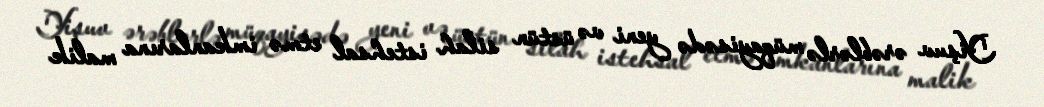
Yişuv ərəblərlə müqayisədə yeni və üstün silah istehsal etmə imkanlarına malik